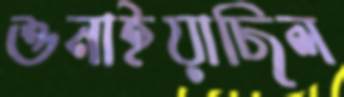
শুনাইয়াছিল